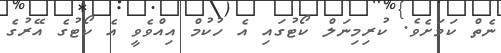
ނެތް ކަމަށެވެ. ކުރިމިނަލް ކޯޓުގައި އެ ހުކުމް އިއްވެވީ އެ ކޯޓުގެ އޭރުގެ